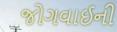
જોગવાઈની